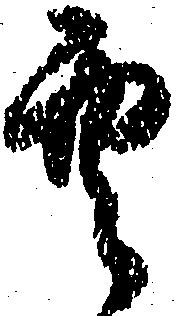
空